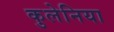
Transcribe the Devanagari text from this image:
कुलेनिया